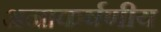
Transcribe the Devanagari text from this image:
अनाकर्षणीय